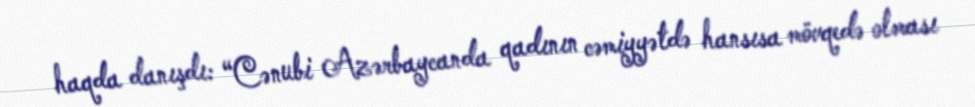
haqda danışdı: “Cənubi Azərbaycanda qadının cəmiyyətdə hansısa mövqedə olması